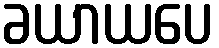
ခယာယပေ